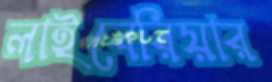
লাইবেরিয়ার